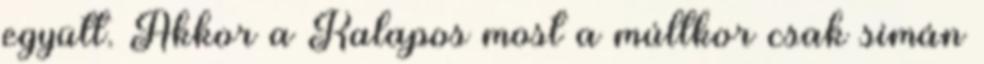
együtt. Akkor a Kalapos most a múltkor csak simán